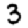
Digit: 3